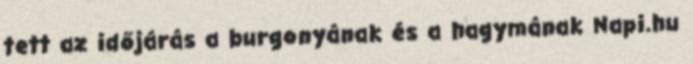
tett az időjárás a burgonyának és a hagymának Napi.hu